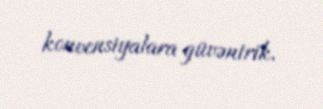
konvensiyalara güvənirik.